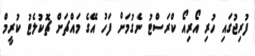
ފުރިޖުގައި ހުރި އޯރިއޯ ކްރަސްޓު ނެގުމަށް ފަހު އޭގެ މައްޗަށް ޗޮކުލެޓު ކުރީމް